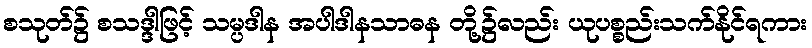
စသုတ်၌ စသဒ္ဒါဖြင့် သမ္ပဒါန အပါဒါနသာဓန တို့၌လည်း ယုပစ္စည်းသက်နိုင်ရကား